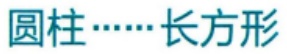
圆柱……长方形